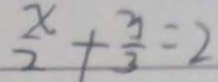
\frac { x } { 2 } + \frac { 3 } { 3 } = 2